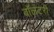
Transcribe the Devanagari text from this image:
वाॅलंटरी